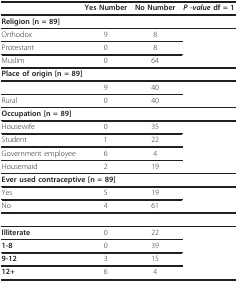
<table><thead><tr><td>[EMPTY_CELL]</td><td><b>Yes Number</b></td><td><b>No Number</b></td><td><b><i>P -value </i>df = 1</b></td></tr></thead><tbody><tr><td colspan="4"><b>Religion [n = 89]</b></td></tr><tr><td>Orthodox</td><td>9</td><td>8</td><td>[EMPTY_CELL]</td></tr><tr><td>Protestant</td><td>0</td><td>8</td><td>[EMPTY_CELL]</td></tr><tr><td>Muslim</td><td>0</td><td>64</td><td>[EMPTY_CELL]</td></tr><tr><td colspan="4"><b>Place of origin [n = 89]</b></td></tr><tr><td>[EMPTY_CELL]</td><td>9</td><td>40</td><td>[EMPTY_CELL]</td></tr><tr><td>Rural</td><td>0</td><td>40</td><td>[EMPTY_CELL]</td></tr><tr><td colspan="4"><b>Occupation [n = 89]</b></td></tr><tr><td>Housewife</td><td>0</td><td>35</td><td>[EMPTY_CELL]</td></tr><tr><td>Student</td><td>1</td><td>22</td><td>[EMPTY_CELL]</td></tr><tr><td>Government employee</td><td>6</td><td>4</td><td>[EMPTY_CELL]</td></tr><tr><td>Housemaid</td><td>2</td><td>19</td><td>[EMPTY_CELL]</td></tr><tr><td colspan="4"><b>Ever used contraceptive [n = 89]</b></td></tr><tr><td>Yes</td><td>5</td><td>19</td><td>[EMPTY_CELL]</td></tr><tr><td>No</td><td>4</td><td>61</td><td>[EMPTY_CELL]</td></tr><tr><td colspan="4">[EMPTY_CELL]</td></tr><tr><td><b>Illiterate</b></td><td>0</td><td>22</td><td>[EMPTY_CELL]</td></tr><tr><td><b>1-8</b></td><td>0</td><td>39</td><td>[EMPTY_CELL]</td></tr><tr><td><b>9-12</b></td><td>3</td><td>15</td><td>[EMPTY_CELL]</td></tr><tr><td><b>12+</b></td><td>6</td><td>4</td><td>[EMPTY_CELL]</td></tr></tbody></table>